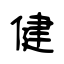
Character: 健